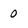
Character: 0